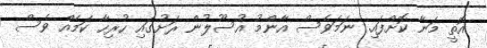
އޮތީ މަނާ ކޮށްފައި. ނަމަވެސް އާންމު އުސޫލުން ރަށުގައި ހުރިހާ ކަމެއް ވެސް